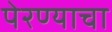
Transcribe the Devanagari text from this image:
पेरण्याचा